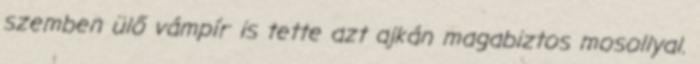
szemben ülő vámpír is tette azt ajkán magabiztos mosollyal.